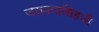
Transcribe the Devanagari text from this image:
जसवन्तसिहजी